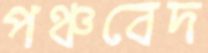
পঞ্চবেদ